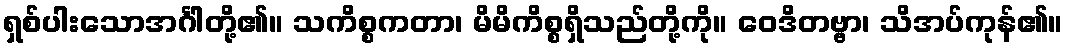
ရှစ်ပါးသောအင်္ဂါတို့၏။ သကိစ္စကတာ၊ မိမိကိစ္စရှိသည်တို့ကို။ ဝေဒိတဗ္ဗာ၊ သိအပ်ကုန်၏။